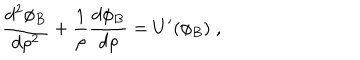
\frac { d ^ { 2 } \phi _ { B } } { d \rho ^ { 2 } } + \frac { 1 } { \rho } \frac { d \phi _ { B } } { d \rho } = U ^ { \prime } ( \phi _ { B } ) \; ,